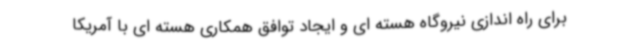
برای راه اندازی نیروگاه هسته ای و ایجاد توافق همکاری هسته ای با آمریکا